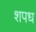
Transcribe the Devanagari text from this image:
शपध